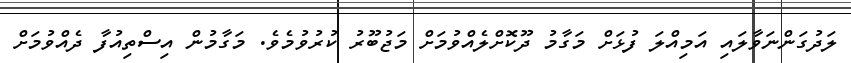
ލަދުގަންނަވާލައި އަމިއްލަ ފުޅަށް މަގާމު ދޫކޮށްލެއްވުމަށް މަޖުބޫރު ކުރުވުމެވެ. މަގާމުން އިސްތިއުފާ ދެއްވުމަށް